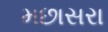
મછાસરા